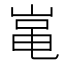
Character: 𡸾